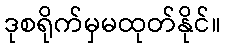
ဒုစရိုက်မှမထုတ်နိုင်။